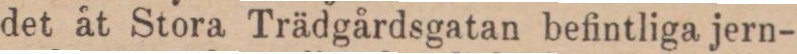
det åt Stora Trädgårdsgatan befintliga jern-